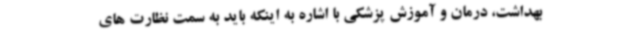
بهداشت، درمان و آموزش پزشکی با اشاره به اینکه باید به سمت نظارت های